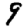
Digit: 9